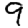
Digit: 9